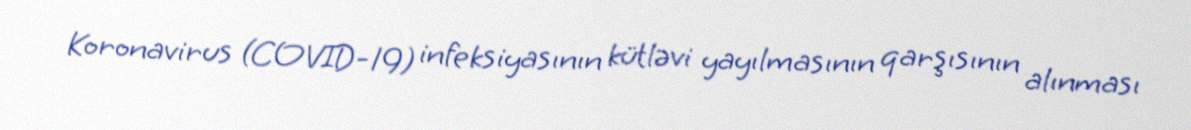
Koronavirus (COVID-19) infeksiyasının kütləvi yayılmasının qarşısının alınması